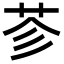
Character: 𦭏